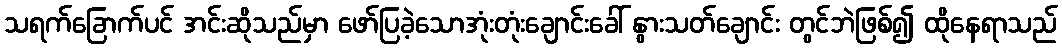
သရက်ခြောက်ပင် အင်းဆိုသည်မှာ ဖော်ပြခဲ့သောအုံးတုံးချောင်းခေါ် နွားသတ်ချောင်း တွင်ဘဲဖြစ်၍ ထိုနေရာသည်